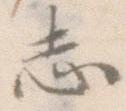
志